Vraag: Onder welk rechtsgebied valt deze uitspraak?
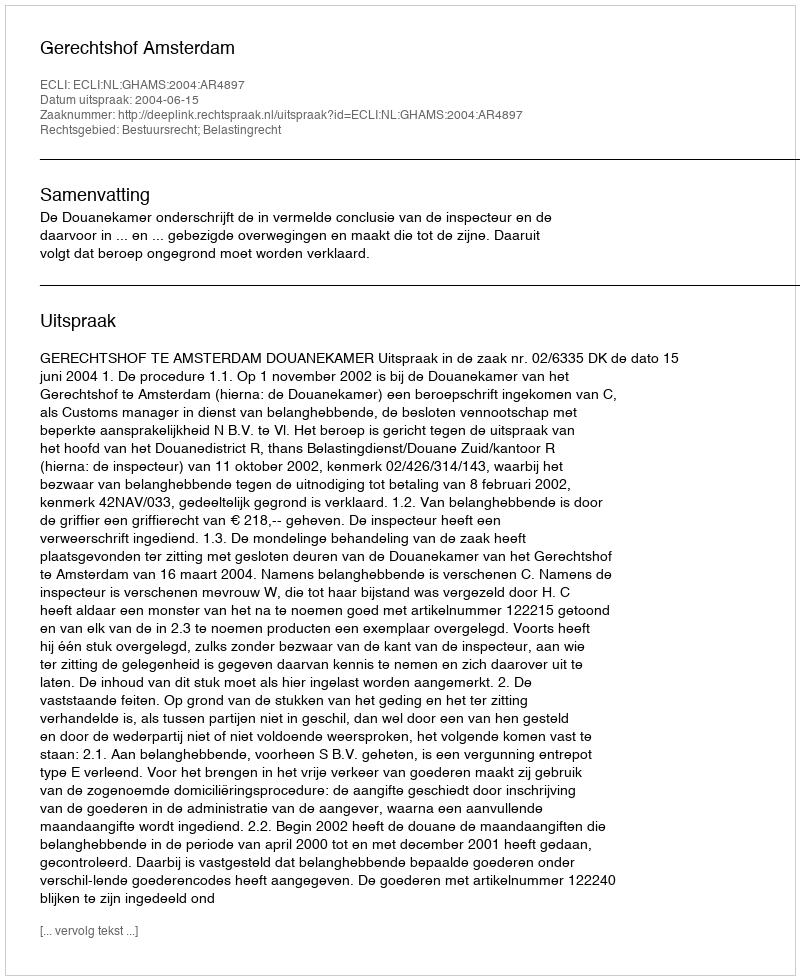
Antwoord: Bestuursrecht; Belastingrecht